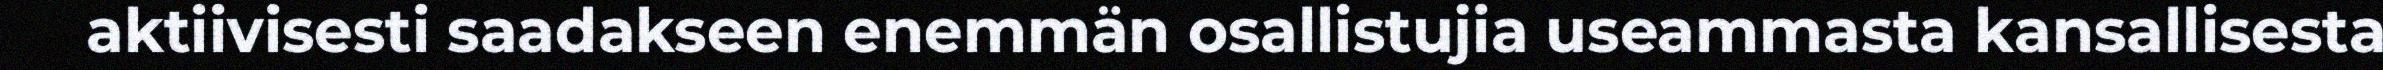
aktiivisesti saadakseen enemmän osallistujia useammasta kansallisesta